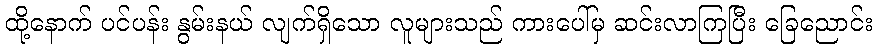
ထို့နောက် ပင်ပန်း နွမ်းနယ် လျက်ရှိသော လူများသည် ကားပေါ်မှ ဆင်းလာကြပြီး ခြေညောင်း